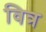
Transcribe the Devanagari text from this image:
वित्र